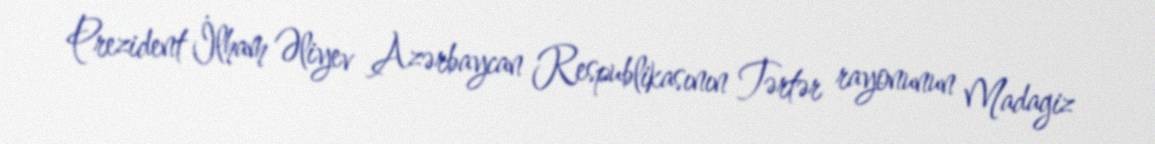
Prezident İlham Əliyev Azərbaycan Respublikasının Tərtər rayonunun Madagiz